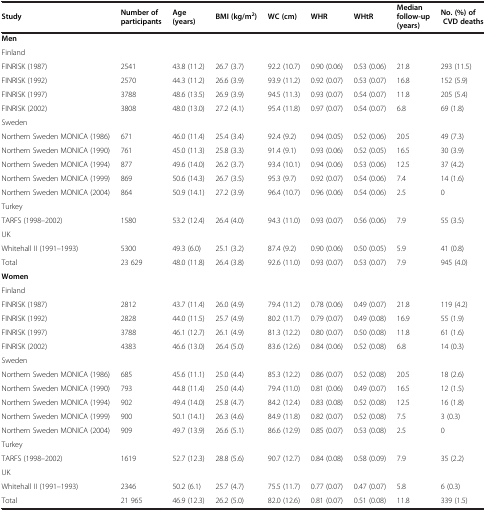
<table><thead><tr><td><b>Study</b></td><td><b>Number of participants</b></td><td><b>Age (years)</b></td><td><b>BMI (kg/m<sup>2</sup>)</b></td><td><b>WC (cm)</b></td><td><b>WHR</b></td><td><b>WHtR</b></td><td><b>Median follow-up (years)</b></td><td><b>No. (%) of CVD deaths</b></td></tr></thead><tbody><tr><td><b>Men</b></td><td></td><td></td><td></td><td></td><td></td><td></td><td></td><td></td></tr><tr><td>Finland</td><td></td><td></td><td></td><td></td><td></td><td></td><td></td><td></td></tr><tr><td>FINRISK (1987)</td><td>2541</td><td>43.8 (11.2)</td><td>26.7 (3.7)</td><td>92.2 (10.7)</td><td>0.90 (0.06)</td><td>0.53 (0.06)</td><td>21.8</td><td>293 (11.5)</td></tr><tr><td>FINRISK (1992)</td><td>2570</td><td>44.3 (11.2)</td><td>26.6 (3.9)</td><td>93.9 (11.2)</td><td>0.92 (0.07)</td><td>0.53 (0.07)</td><td>16.8</td><td>152 (5.9)</td></tr><tr><td>FINRISK (1997)</td><td>3788</td><td>48.6 (13.5)</td><td>26.9 (3.9)</td><td>94.5 (11.3)</td><td>0.93 (0.07)</td><td>0.54 (0.07)</td><td>11.8</td><td>205 (5.4)</td></tr><tr><td>FINRISK (2002)</td><td>3808</td><td>48.0 (13.0)</td><td>27.2 (4.1)</td><td>95.4 (11.8)</td><td>0.97 (0.07)</td><td>0.54 (0.07)</td><td>6.8</td><td>69 (1.8)</td></tr><tr><td>Sweden</td><td></td><td></td><td></td><td></td><td></td><td></td><td></td><td></td></tr><tr><td>Northern Sweden MONICA (1986)</td><td>671</td><td>46.0 (11.4)</td><td>25.4 (3.4)</td><td>92.4 (9.2)</td><td>0.94 (0.05)</td><td>0.52 (0.06)</td><td>20.5</td><td>49 (7.3)</td></tr><tr><td>Northern Sweden MONICA (1990)</td><td>761</td><td>45.0 (11.3)</td><td>25.8 (3.3)</td><td>91.4 (9.1)</td><td>0.93 (0.06)</td><td>0.52 (0.05)</td><td>16.5</td><td>30 (3.9)</td></tr><tr><td>Northern Sweden MONICA (1994)</td><td>877</td><td>49.6 (14.0)</td><td>26.2 (3.7)</td><td>93.4 (10.1)</td><td>0.94 (0.06)</td><td>0.53 (0.06)</td><td>12.5</td><td>37 (4.2)</td></tr><tr><td>Northern Sweden MONICA (1999)</td><td>869</td><td>50.6 (14.3)</td><td>26.7 (3.5)</td><td>95.3 (9.7)</td><td>0.92 (0.07)</td><td>0.54 (0.06)</td><td>7.4</td><td>14 (1.6)</td></tr><tr><td>Northern Sweden MONICA (2004)</td><td>864</td><td>50.9 (14.1)</td><td>27.2 (3.9)</td><td>96.4 (10.7)</td><td>0.96 (0.06)</td><td>0.54 (0.06)</td><td>2.5</td><td>0</td></tr><tr><td>Turkey</td><td></td><td></td><td></td><td></td><td></td><td></td><td></td><td></td></tr><tr><td>TARFS (1998–2002)</td><td>1580</td><td>53.2 (12.4)</td><td>26.4 (4.0)</td><td>94.3 (11.0)</td><td>0.93 (0.07)</td><td>0.56 (0.06)</td><td>7.9</td><td>55 (3.5)</td></tr><tr><td>UK</td><td></td><td></td><td></td><td></td><td></td><td></td><td></td><td></td></tr><tr><td>Whitehall II (1991–1993)</td><td>5300</td><td>49.3 (6.0)</td><td>25.1 (3.2)</td><td>87.4 (9.2)</td><td>0.90 (0.06)</td><td>0.50 (0.05)</td><td>5.9</td><td>41 (0.8)</td></tr><tr><td>Total</td><td>23 629</td><td>48.0 (11.8)</td><td>26.4 (3.8)</td><td>92.6 (11.0)</td><td>0.93 (0.07)</td><td>0.53 (0.07)</td><td>7.9</td><td>945 (4.0)</td></tr><tr><td><b>Women</b></td><td></td><td></td><td></td><td></td><td></td><td></td><td></td><td></td></tr><tr><td>Finland</td><td></td><td></td><td></td><td></td><td></td><td></td><td></td><td></td></tr><tr><td>FINRISK (1987)</td><td>2812</td><td>43.7 (11.4)</td><td>26.0 (4.9)</td><td>79.4 (11.2)</td><td>0.78 (0.06)</td><td>0.49 (0.07)</td><td>21.8</td><td>119 (4.2)</td></tr><tr><td>FINRISK (1992)</td><td>2828</td><td>44.0 (11.5)</td><td>25.7 (4.9)</td><td>80.2 (11.7)</td><td>0.79 (0.07)</td><td>0.49 (0.08)</td><td>16.9</td><td>55 (1.9)</td></tr><tr><td>FINRISK (1997)</td><td>3788</td><td>46.1 (12.7)</td><td>26.1 (4.9)</td><td>81.3 (12.2)</td><td>0.80 (0.07)</td><td>0.50 (0.08)</td><td>11.8</td><td>61 (1.6)</td></tr><tr><td>FINRISK (2002)</td><td>4383</td><td>46.6 (13.0)</td><td>26.4 (5.0)</td><td>83.6 (12.6)</td><td>0.84 (0.06)</td><td>0.52 (0.08)</td><td>6.8</td><td>14 (0.3)</td></tr><tr><td>Sweden</td><td></td><td></td><td></td><td></td><td></td><td></td><td></td><td></td></tr><tr><td>Northern Sweden MONICA (1986)</td><td>685</td><td>45.6 (11.1)</td><td>25.0 (4.4)</td><td>85.3 (12.2)</td><td>0.86 (0.07)</td><td>0.52 (0.08)</td><td>20.5</td><td>18 (2.6)</td></tr><tr><td>Northern Sweden MONICA (1990)</td><td>793</td><td>44.8 (11.4)</td><td>25.0 (4.4)</td><td>79.4 (11.0)</td><td>0.81 (0.06)</td><td>0.49 (0.07)</td><td>16.5</td><td>12 (1.5)</td></tr><tr><td>Northern Sweden MONICA (1994)</td><td>902</td><td>49.4 (14.0)</td><td>25.8 (4.7)</td><td>84.2 (12.4)</td><td>0.83 (0.08)</td><td>0.52 (0.08)</td><td>12.5</td><td>16 (1.8)</td></tr><tr><td>Northern Sweden MONICA (1999)</td><td>900</td><td>50.1 (14.1)</td><td>26.3 (4.6)</td><td>84.9 (11.8)</td><td>0.82 (0.07)</td><td>0.52 (0.08)</td><td>7.5</td><td>3 (0.3)</td></tr><tr><td>Northern Sweden MONICA (2004)</td><td>909</td><td>49.7 (13.9)</td><td>26.6 (5.1)</td><td>86.6 (12.9)</td><td>0.85 (0.07)</td><td>0.53 (0.08)</td><td>2.5</td><td>0</td></tr><tr><td>Turkey</td><td></td><td></td><td></td><td></td><td></td><td></td><td></td><td></td></tr><tr><td>TARFS (1998–2002)</td><td>1619</td><td>52.7 (12.3)</td><td>28.8 (5.6)</td><td>90.7 (12.7)</td><td>0.84 (0.08)</td><td>0.58 (0.09)</td><td>7.9</td><td>35 (2.2)</td></tr><tr><td>UK</td><td></td><td></td><td></td><td></td><td></td><td></td><td></td><td></td></tr><tr><td>Whitehall II (1991–1993)</td><td>2346</td><td>50.2 (6.1)</td><td>25.7 (4.7)</td><td>75.5 (11.7)</td><td>0.77 (0.07)</td><td>0.47 (0.07)</td><td>5.8</td><td>6 (0.3)</td></tr><tr><td>Total</td><td>21 965</td><td>46.9 (12.3)</td><td>26.2 (5.0)</td><td>82.0 (12.6)</td><td>0.81 (0.07)</td><td>0.51 (0.08)</td><td>11.8</td><td>339 (1.5)</td></tr></tbody></table>